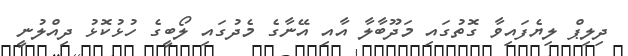
ދިލިޕް ލިޔެފައިވާ ގޮތުގައި މަދޫބާލާ އާއި އޭނާގެ މެދުގައި ލޯބީގެ ހުޅުކޮޅު ދިއްލުނީ